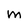
Character: M